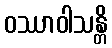
ဝဿာဝါသန္တိ